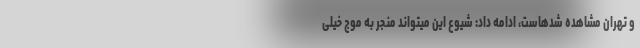
و تهران مشاهده شدهاست، ادامه داد: شیوع این میتواند منجر به موج خیلی